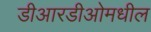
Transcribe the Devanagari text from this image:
डीआरडीओमधील